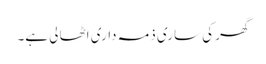
گھر کی ساری ذمہ داری اٹھا لی ہے۔